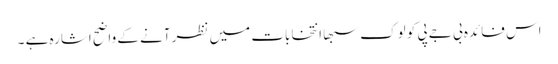
اس فائدہ بی جے پی کو لوک سبھا انتخابات میں نظر آنے کے واضح اشارہ ہے ۔